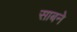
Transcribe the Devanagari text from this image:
साबने